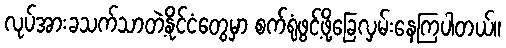
လုပ်အားခသက်သာတဲ့နိုင်ငံတွေမှာ စက်ရုံဖွင့်ဖို့ခြေလှမ်းနေကြပါတယ်။